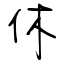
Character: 休